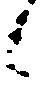
候